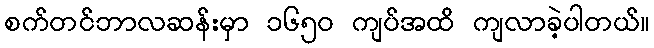
စက်တင်ဘာလဆန်းမှာ ၁၆၅ဝ ကျပ်အထိ ကျလာခဲ့ပါတယ်။